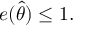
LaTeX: e ( { \hat { \theta } } ) \leq 1 .